Report on vaccination in the Province of Bengal - 1869-1873
Year: 1869
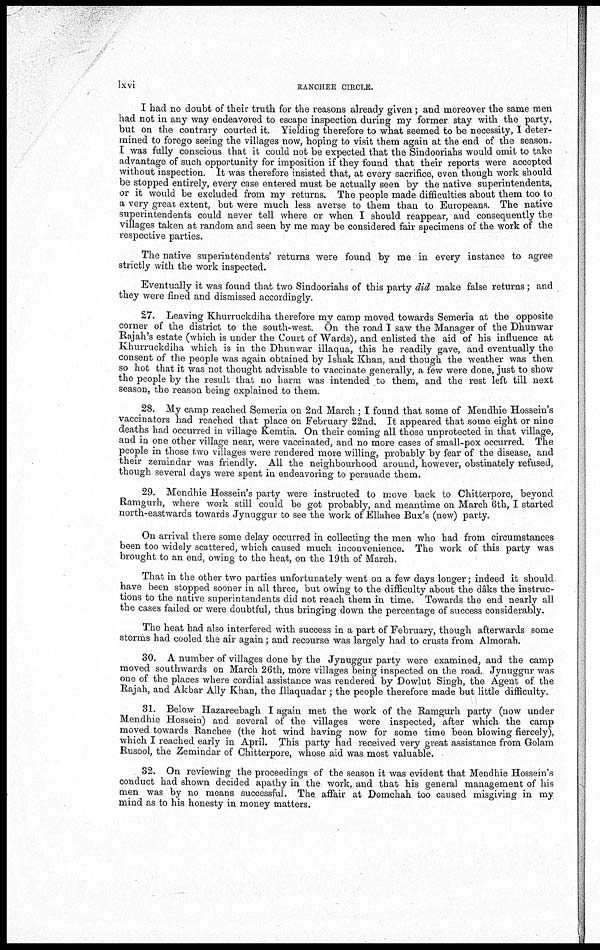
lxvi
RANCHEE CIRCLE.
I had no doubt of their truth for the reasons already given; and moreover the same men
had not in any way endeavored to escape inspection during my former stay with the party,
but on the contrary courted it. Yielding therefore to what seemed to be necessity, I deter-
mined to forego seeing the villages now, hoping to visit them again at the end of the season.
I was fully conscious that it could not be expected that the Sindooriahs would omit to take
advantage of such opportunity for imposition if they found that their reports were accepted
without inspection. It was therefore insisted that, at every sacrifice, even though work should
be stopped entirely, every case entered must be actually seen by the native superintendents,
or it would be excluded from my returns. The people made difficulties about them too to
a very great extent, but were much less averse to them than to Europeans. The native
superintendents could never tell where or when I should reappear, and consequently the
villages taken at random and seen by me may be considered fair specimens of the work of the
respective parties.
The native superintendents' returns were found by me in every instance to agree
strictly with the work inspected.
Eventually it was found that two Sindooriahs of this party did make false returns; and
they were fined and dismissed accordingly.
27. Leaving Khurruckdiha therefore my camp moved towards Semeria at the opposite
corner of the district to the south-west. On the road I saw the Manager of the Dhunwar
Rajah's estate (which is under the Court of Wards), and enlisted the aid of his influence at
Khurruckdiha which is in the Dhunwar illaqua, this he readily gave, and eventually the
consent of the people was again obtained by Ishak Khan, and though the weather was then
so hot that it was not thought advisable to vaccinate generally, a few were done, just to show
the people by the result that no harm was intended to them, and the rest left till next
season, the reason being explained to them.
28. My camp reached Semeria on 2nd March ; I found that some of Mendhie Hossein's
vaccinators had reached that place on February 22nd. It appeared that some eight or nine
deaths had occurred in village Kemtia. On their coming all those unprotected in that village,
and in one other village near, were vaccinated, and no more cases of small-pox occurred. The
people in those two villages were rendered more willing, probably by fear of the disease, and
their zemindar was friendly. All the neighbourhood around, however, obstinately refused,
though several days were spent in endeavoring to persuade them.
29. Mendhie Hossein's party were instructed to move back to Chitterpore, beyond
Ramgurh, where work still could be got probably, and meantime on March 6th, I started
north-eastwards towards Jynuggur to see the work of Ellahee Bux's (new) party.
On arrival there some delay occurred in collecting the men who had from circumstances
been too widely scattered, which caused much inconvenience. The work of this party was
brought to an end, owing to the heat, on the 19th of March.
That in the other two parties unfortunately went on a few days longer; indeed it should
have been stopped sooner in all three, but owing to the difficulty about the dâks the instruc-
tions to the native superintendents did not reach them in time. Towards the end nearly all
the cases failed or were doubtful, thus bringing down the percentage of success considerably.
The heat had also interfered with success in a part of February, though afterwards some
storms had cooled the ail again ; and recourse was largely had to crusts from Almorah.
30. A number of villages done by the Jynuggur party were examined, and the camp
moved southwards on March 26th, more villages being inspected on the road. Jynuggur was
one of the places where cordial assistance was rendered by Dowlut Singh, the Agent of the
Rajah, and Akbar Ally Khan, the Illaquadar ; the people therefore made but little difficulty.
31. Below Hazareebagh I again met the work of the Ramgurh party (now under
Mendhie Hossein) and several of the villages were inspected, after which the camp
moved towards Ranchee (the hot wind having now for some time been blowing fiercely),
which I reached early in April. This party had received very great assistance from Golam
Rusool, the Zemindar of Chitterpore, whose aid was most valuable.
32. On reviewing the proceedings of the season it was evident that Mendhie Hossein's
conduct had shown decided apathy in the work, and that his general management of his
men was by no means successful. The affair at Domchah too caused misgiving in my
mind as to his honesty in money matters.